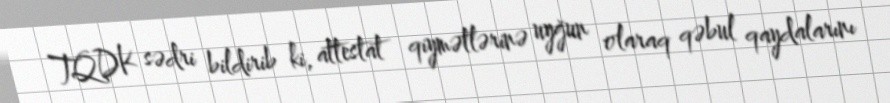
TQDK sədri bildirib ki, attestat qiymətlərinə uyğun olaraq qəbul qaydalarını